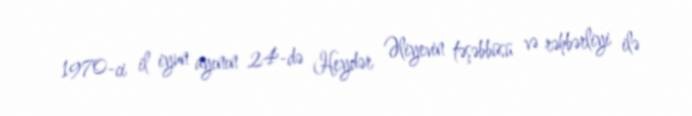
1970-ci il iyun ayının 24-də Heydər Əliyevin təşəbbüsü və rəhbərliyi ilə